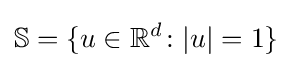
\mathbb {S} =\{u\in \mathbb {R} ^{d}\colon |u|=1\}